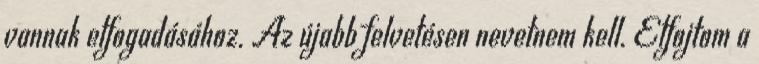
vannak elfogadásához. Az újabb felvetésen nevetnem kell. Elfojtom a